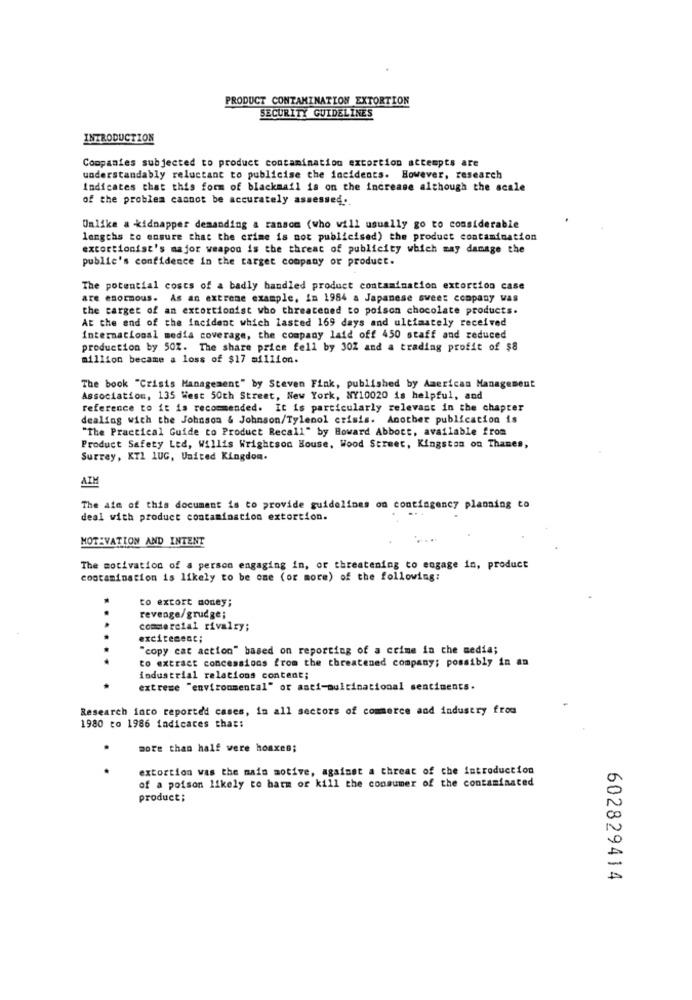
PRODUCT CONTAMINATION EXTORTION
SECURITY GUIDELINES
INTRODUCTION
Companies subjected to product contamination extortion attempts are
understandably reluctant to publicise the incidents. However, research
Indicates that this form of blackmail is on the increase although the scale
of the problem cannot be accurately assessed ..
Unlike a kidnapper demanding & ransom (who will usually go to considerable
lengths to ensure that the crime is not publicised) the product contamination
extortionist's major weapon is the threat of publicity which may damage the
public's confidence in the target company or product.
The potential costs of a badly handled product contamination extortion case
are enormous. As an extreme example, in 1984 a Japanese sweet company was
the target of an extortionist who threatened to poison chocolate products.
At the end of the incident which lasted 169 days and ultimately received
international media coverage, the company laid off 450 staff and reduced
production by 50Z. The share price fell by 30Z and a trading profit of $8
million became a loss of $17 million.
The book "Crisis Management" by Steven Fink, published by American Management
Association, 135 West 50th Street, New York, NY10020 is helpful, and
reference to it is recommended. It is particularly relevant in the chapter
dealing with the Johnson & Johnson/Tylenol crisis. Another publication is
"The Practical Guide to Product Recall" by Howard Abbott, available from
Product Safety Led, Willis Wrightson House, Wood Street, Kingston on Thames,
Surrey, KT1 1UG, United Kingdom.
AIM
The ate of this document is to provide guidelines on contingency planning to
deal with product contamination extortion.
MOTIVATION AND INTENT
The motivation of a person engaging in, or threatening to engage in, product
contamination is likely to be one (or more) of the following:
to extort money;
revenge/grudge;
commercial rivalry;
excitement;
"copy cat action" based on reporting of a crime in che media;
to extract concessions from the threatened company; possibly in an
industrial relations content;
extreme "environmental" or anti-multinational sentiments.
Research into reported cases, in all sectors of commerce and industry from
1980 to 1986 indicates that:
more than half vere hoaxes;
..
extortion was the main motive, against a threat of the introduction
of a poison likely to hatm or kill the consumer of the contaminated
product;
602829414